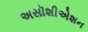
અસૉશીએશન